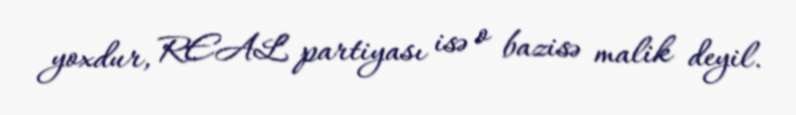
yoxdur, REAL partiyası isə o bazisə malik deyil.